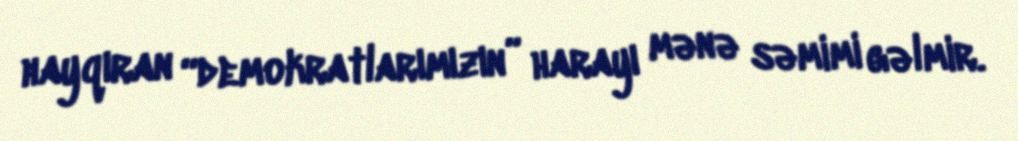
hayqıran “demokratlarımızın” harayı mənə səmimi gəlmir.